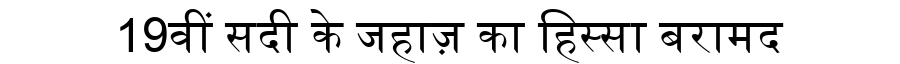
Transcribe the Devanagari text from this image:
19वीं सदी के जहाज़ का हिस्सा बरामद